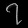
Digit: ၇